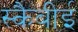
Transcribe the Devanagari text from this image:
स्कैबीई